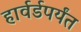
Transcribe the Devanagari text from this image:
हार्वर्डपर्यंत